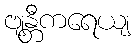
ဗျန္တီကရေယျ